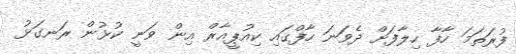
ފުރަތަމަ ހާފާ ހިލާފަށް ދެވަނަ ހާފްގައި ކިއުޕީއާރް އިން ވަނީ ކުޅުން ރަނގަޅު